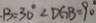
\cdot B = 3 0 ^ { \circ } < D G B = 9 0 ^ { \circ }